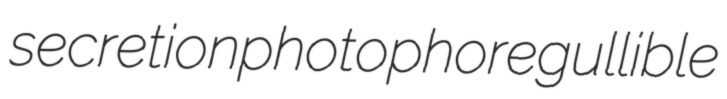
secretion photophore gullible